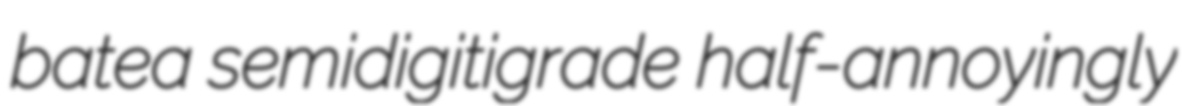
batea semidigitigrade half-annoyingly